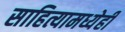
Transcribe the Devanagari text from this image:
साहित्यामध्येही